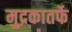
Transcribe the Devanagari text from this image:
मुद्रकातर्फे